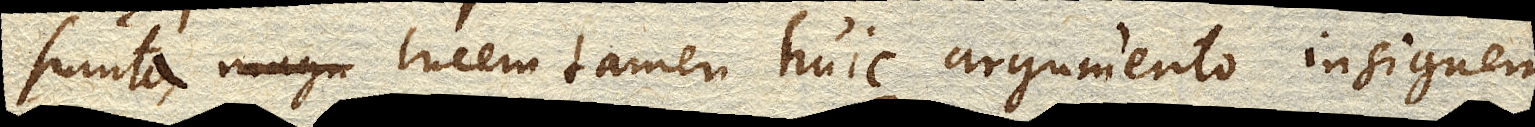
sumta, lucem tamen huic argumento insignem